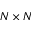
N \times N